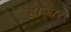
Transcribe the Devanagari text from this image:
हाजार